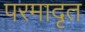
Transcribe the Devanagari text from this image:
परमादृत